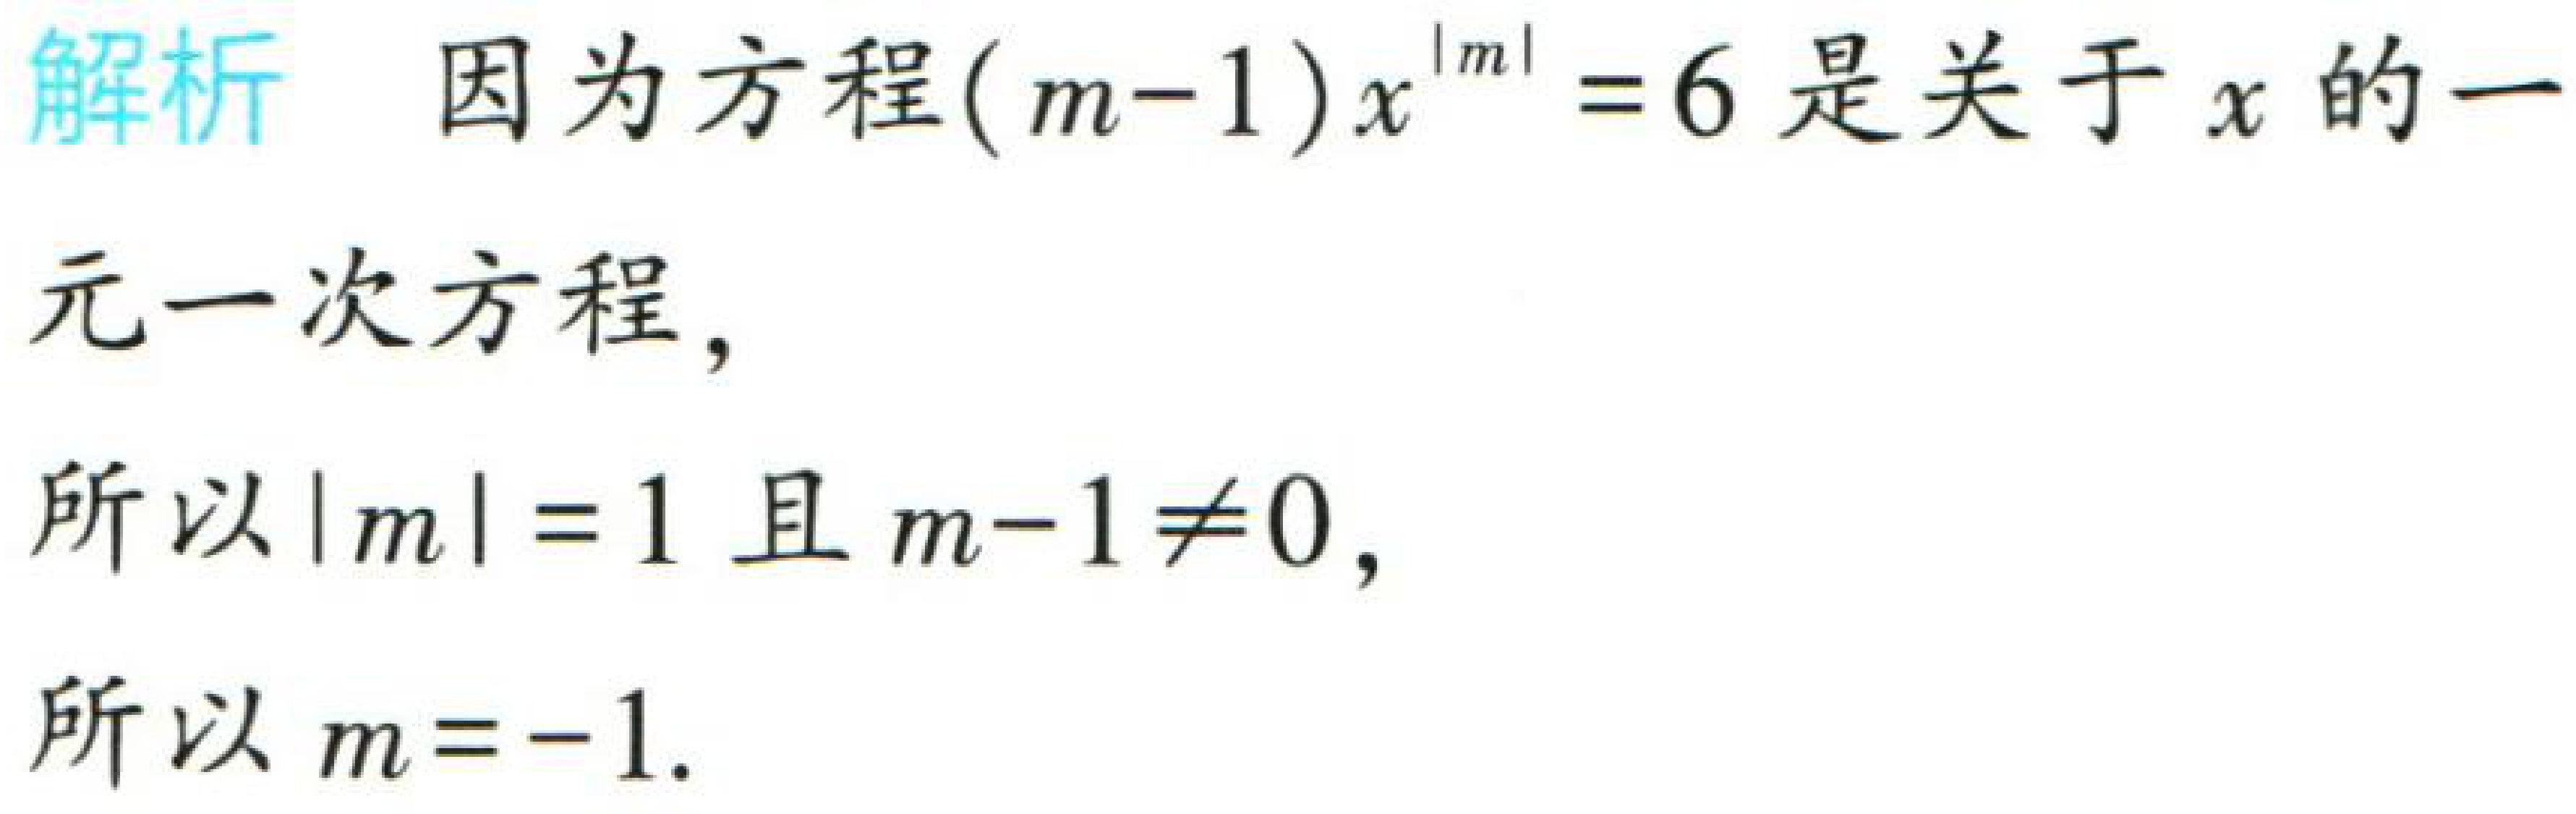
解析 因为方程\((m - 1)x^{|m|}=6\)是关于\(x\)的一

元一次方程，

所以\(|m| = 1\)且\(m - 1\neq0\)，

所以\(m = - 1\).